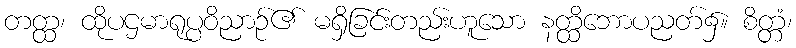
တတ္ထ၊ ထိုပဌမာရုပ္ပဝိညာဉ်၏ မရှိခြင်းတည်းဟူသော နတ္ထိဘောပညတ်၌။ စိတ္တံ၊